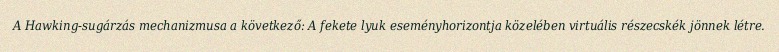
A Hawking-sugárzás mechanizmusa a következő: A fekete lyuk eseményhorizontja közelében virtuális részecskék jönnek létre.